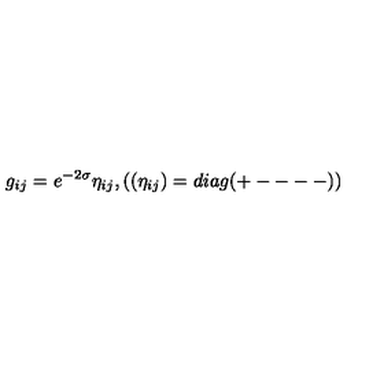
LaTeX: g _ { i j } = e ^ { - 2 \sigma } \eta _ { i j } , \left( ( \eta _ { i j } ) = d i a g ( + --- - ) \right)